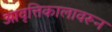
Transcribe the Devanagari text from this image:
आवृत्तिकालावरून